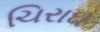
ચિરાઘ